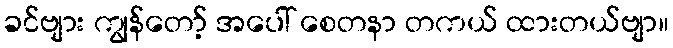
ခင်ဗျား ကျွန်တော့် အပေါ် စေတနာ တကယ် ထားတယ်ဗျာ။